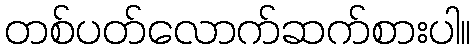
တစ်ပတ်လောက်ဆက်စားပါ။